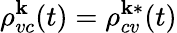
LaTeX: \rho_{vc}^{\textbf{k}}(t)=\rho_{cv}^{\textbf{k}*}(t)